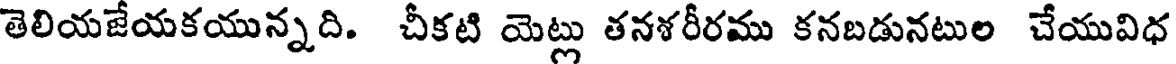
తెలియజేయకయున్నది. చీకటి యెట్లు తనశరీరము కనబడునటుల చేయువిధ